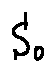
S _ { o }